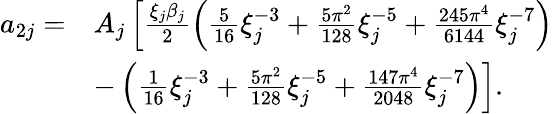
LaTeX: \begin{array}{rl}{a_{2j}=}&{A_{j}\left[\frac{\xi_{j}\beta_{j}}{2}\left(\frac{5}{16}\xi_{j}^{-3}+\frac{5\pi^{2}}{128}\xi_{j}^{-5}+\frac{245\pi^{4}}{6144}\xi_{j}^{-7}\right)\right.}\\ &{\left.-\left(\frac{1}{16}\xi_{j}^{-3}+\frac{5\pi^{2}}{128}\xi_{j}^{-5}+\frac{147\pi^{4}}{2048}\xi_{j}^{-7}\right)\right].}\end{array}